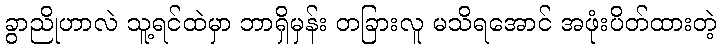
ခွာညိုဟာလဲ သူ့ရင်ထဲမှာ ဘာရှိမှန်း တခြားလူ မသိရအောင် အဖုံးပိတ်ထားတဲ့